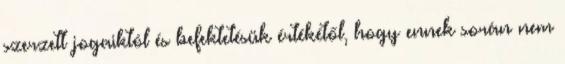
szerzett jogaiktól és befektetésük értékétől, hogy ennek során nem